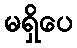
မရှိပေ